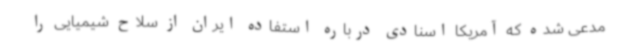
مدعی شده که آمریکا اسنادی درباره استفاده ایران از سلاح شیمیایی را